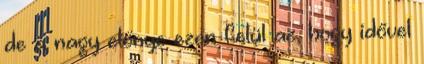
de a nagy előnye ezen felül az, hogy idővel